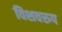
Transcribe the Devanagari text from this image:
विशवरुप